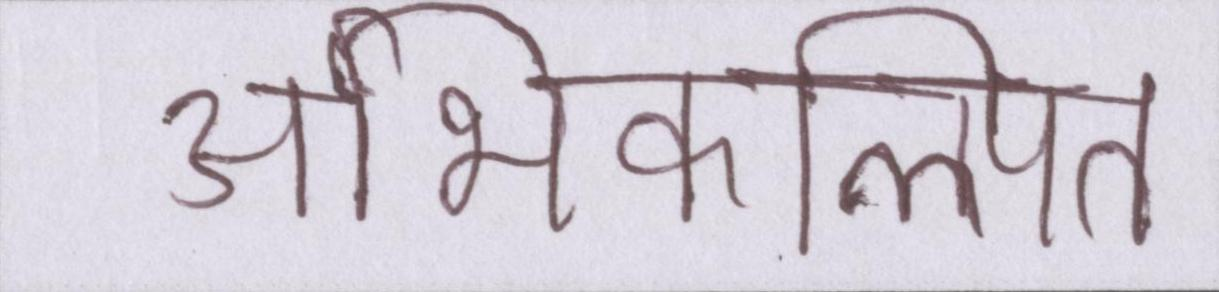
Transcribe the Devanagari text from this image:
अभिकल्पित